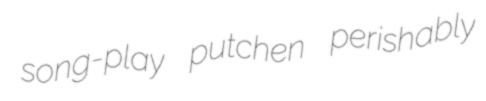
song-play putchen perishably